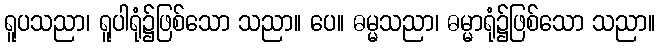
ရူပသညာ၊ ရူပါရုံ၌ဖြစ်သော သညာ။ ပေ။ ဓမ္မသညာ၊ ဓမ္မာရုံ၌ဖြစ်သော သညာ။